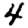
Digit: 4